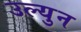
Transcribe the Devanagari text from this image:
उल्युन